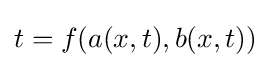
t=f(a(x,t),b(x,t))